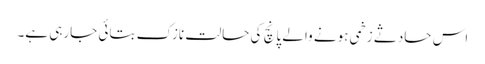
اس حادثے زخمی ہونے والے پانچ کی حالت نازک بتائی جارہی ہے۔